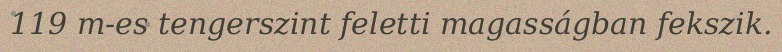
119 m-es tengerszint feletti magasságban fekszik.